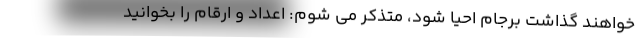
خواهند گذاشت برجام احیا شود، متذکر می شوم: اعداد و ارقام را بخوانید